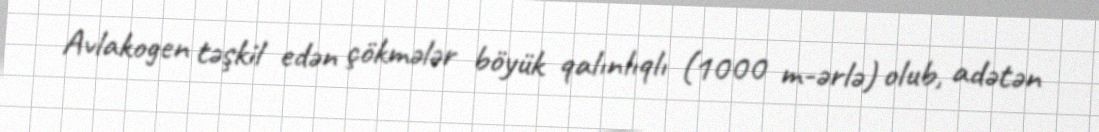
Avlakogen təşkil edən çökmələr böyük qalınlıqlı (1000 m-ərlə) olub, adətən